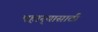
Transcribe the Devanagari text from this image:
पहार्‍यासाठी